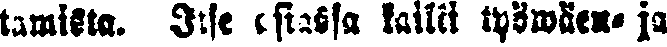
tamista. Itse asiassa kaikki työwäen- ja